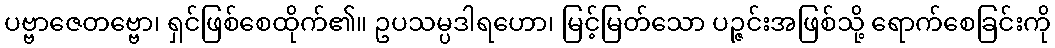
ပဗ္ဗာဇေတဗ္ဗော၊ ရှင်ဖြစ်စေထိုက်၏။ ဥပသမ္ပဒါရဟော၊ မြင့်မြတ်သော ပဉ္ဇင်းအဖြစ်သို့ ရောက်စေခြင်းကို